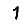
Digit: 1